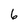
Character: 6